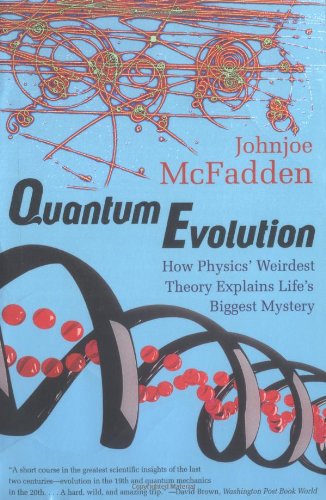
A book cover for Quantum Evolution: How Physics' Weirdest Theory Explains Life's Biggest Mystery (Norton Paperback); Johnjoe McFadden; Science & Math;